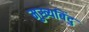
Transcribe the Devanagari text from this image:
मुख्यबिंदु